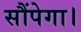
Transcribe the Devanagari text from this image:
सौंपेगा।